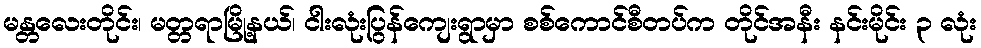
မန္တလေးတိုင်း၊ မတ္တရာမြို့နယ်၊ ငါးလုံးပြွန်ကျေးရွာမှာ စစ်ကောင်စီတပ်က တိုင်အနီး နင်းမိုင်း ၃ လုံး